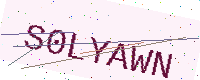
Text: S0LYAWN